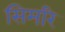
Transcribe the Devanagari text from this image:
सिमरि